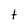
Character: t